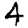
Digit: 4